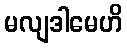
မလျဒါမေဟိ